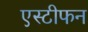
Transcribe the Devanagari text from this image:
एस्टीफन